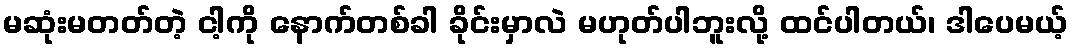
မဆုံးမတတ်တဲ့ ငါ့ကို နောက်တစ်ခါ ခိုင်းမှာလဲ မဟုတ်ပါဘူးလို့ ထင်ပါတယ်၊ ဒါပေမယ့်